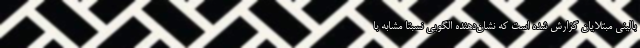
بالینی مبتلایان گزارش شده است که نشان‌دهنده الگویی نسبتا مشابه با